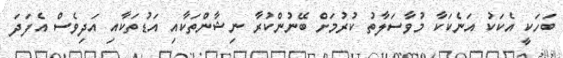
ބަހަކީ އެކަކު އަނެކަކާ މުވާސަލާތު ކުރުމަށް ބޭނުންކުރާ ނިޝާންތަކާއި އަޑުތަކާއި އަދިވެސް އެފަދަ